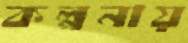
কল্পনায়